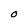
Character: O